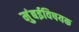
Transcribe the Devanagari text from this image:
मुंबईविषयक